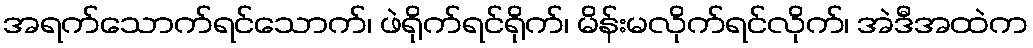
အရက်သောက်ရင်သောက်၊ ဖဲရိုက်ရင်ရိုက်၊ မိန်းမလိုက်ရင်လိုက်၊ အဲဒီအထဲက